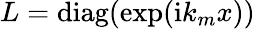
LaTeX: L=\mathrm{diag}(\exp(\mathrm{i}k_{m}x))